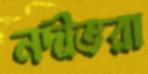
নদীভরা